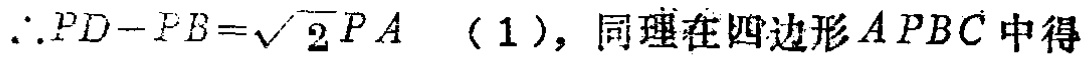
\(\therefore PD - PB=\sqrt{2}PA\)（1），同理在四边形\(APBC\)中得